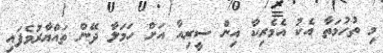
މި ތުހުމަތާ އެކު އެމެރިކާ އިން ސީރިއާ އަށް ހަމަލާ ދޭން ތައްޔާރުވެފައި